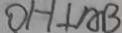
O H \bot A B